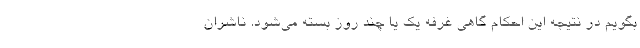
بگویم در نتیجه این احکام گاهی غرفه یک یا چند روز بسته می‌شود. ناشران